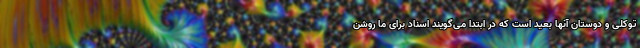
توکلی و دوستان آنها بعید است که در ابتدا می‌گویند اسناد برای ما روشن